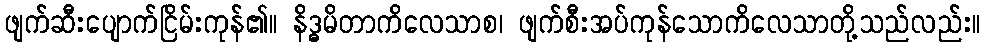
ဖျက်ဆီးပျောက်ငြိမ်းကုန်၏။ နိဒ္ဓမိတာကိလေသာစ၊ ဖျက်စီးအပ်ကုန်သောကိလေသာတို့သည်လည်း။